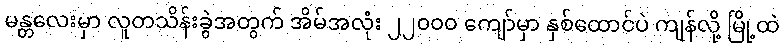
မန္တလေးမှာ လူတသိန်းခွဲအတွက် အိမ်အလုံး ၂၂၀၀၀ ကျော်မှာ နှစ်ထောင်ပဲ ကျန်လို့ မြို့ထဲ